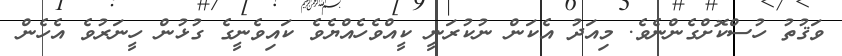
ވަޤުތު ހުސްކޮށްގެންނެވެ. މިއަދު އެކަން ނުކުރަނީ ކީއްވެހެއްޔެވެ ކައިވެނީގެ ގުޅުން ހީނަރުވެ އެހެން